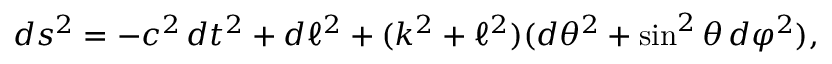
d s ^ { 2 } = - c ^ { 2 } \, d t ^ { 2 } + d \ell ^ { 2 } + ( k ^ { 2 } + \ell ^ { 2 } ) ( d \theta ^ { 2 } + \sin ^ { 2 } \theta \, d \varphi ^ { 2 } ) ,